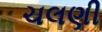
ચલણી